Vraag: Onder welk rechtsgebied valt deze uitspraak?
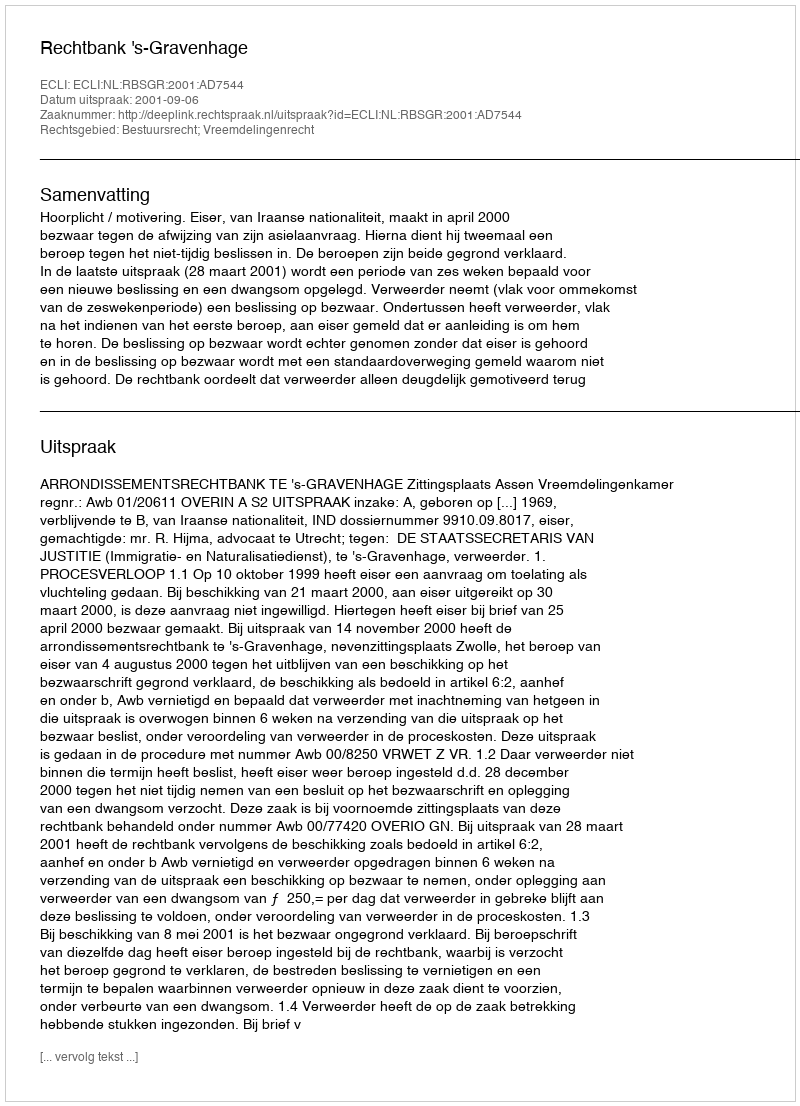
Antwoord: Bestuursrecht; Vreemdelingenrecht